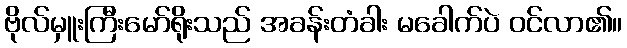
ဗိုလ်မှူးကြီးမော်ရိုးသည် အခန်းတံခါး မခေါက်ပဲ ဝင်လာ၏။